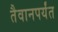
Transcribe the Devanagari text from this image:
तैवानपर्यंत